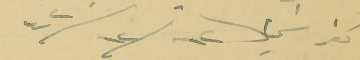
كفرشيما 12/ 12/ 42